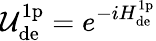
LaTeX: \mathcal{U}_{\mathrm{de}}^{\mathrm{1p}}=e^{-iH_{\mathrm{de}}^{\mathrm{1p}}}